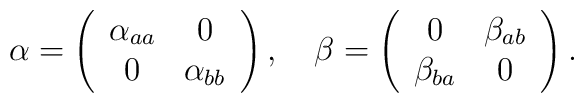
\alpha =\left(\begin{array}{cc}\alpha_{aa}& 0\\0& \alpha_{bb}\end{array}\right),\quad\beta =\left(\begin{array}{cc}0& \beta_{ab}\\\beta_{ba}& 0\end{array}\right).